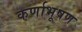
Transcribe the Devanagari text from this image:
कर्णाभूषण